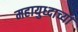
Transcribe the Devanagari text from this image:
महायुध्दाच्या